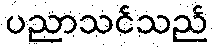
ပညာသင်သည်